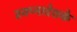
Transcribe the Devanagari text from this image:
स्वप्नादेशके